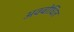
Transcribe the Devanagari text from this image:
अवबोधित